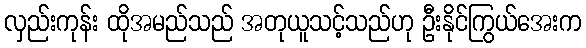
လှည်းကုန်း ထိုအမည်သည် အတုယူသင့်သည်ဟု ဦးနိုင်ကြွယ်အေးက